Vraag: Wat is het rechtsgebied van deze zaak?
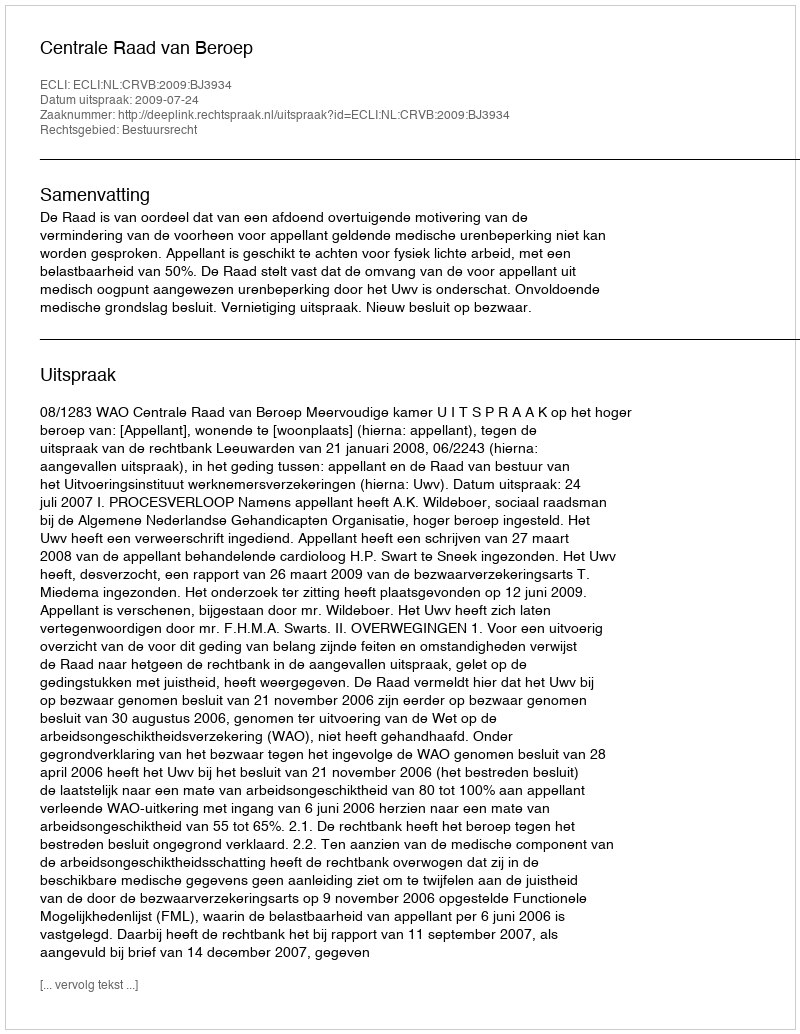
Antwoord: Bestuursrecht